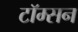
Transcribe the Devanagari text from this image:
टॉम्सन